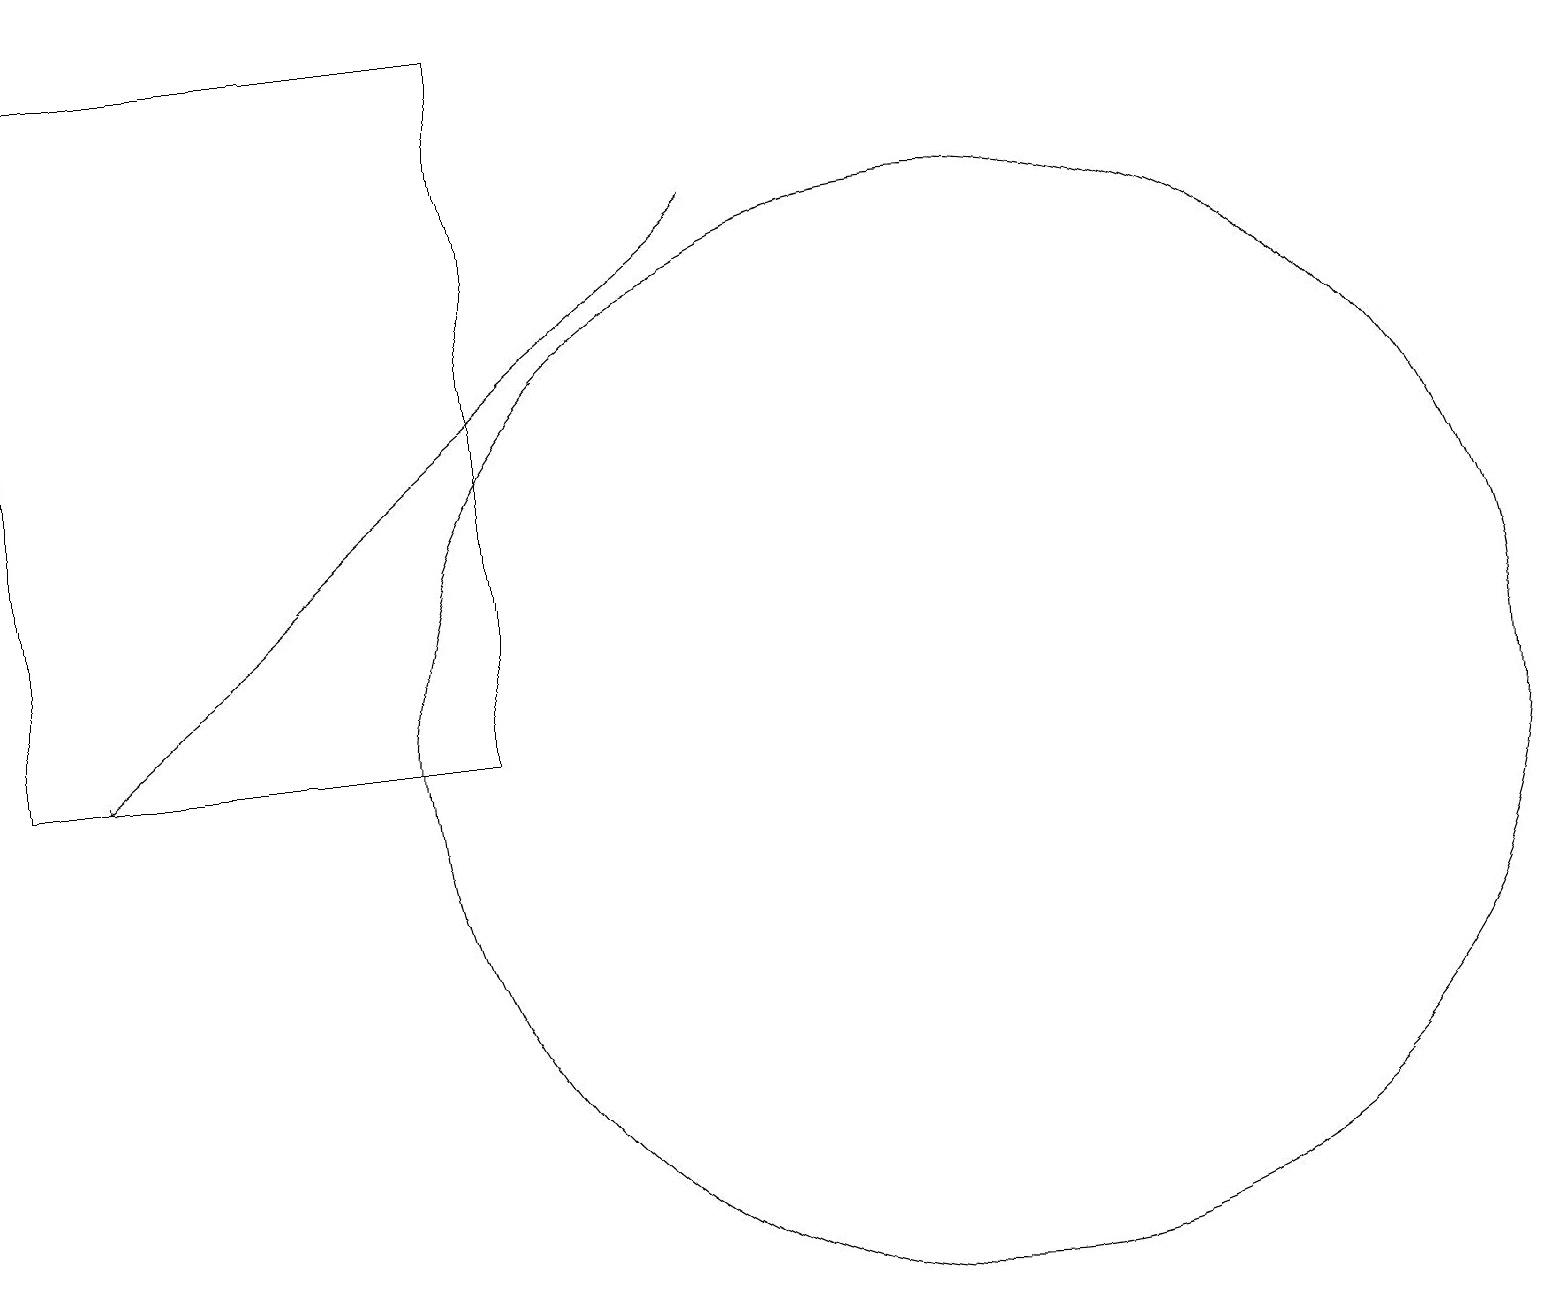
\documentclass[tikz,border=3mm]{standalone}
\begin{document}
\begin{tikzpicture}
\draw (0,19) rectangle (6,10);
\draw[->] (9,17) -- (1,10);
\draw (12,10) circle (7);
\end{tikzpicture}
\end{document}